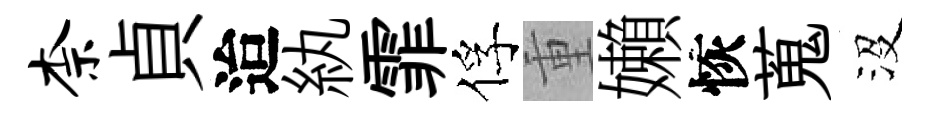
柰貞迨紈霏俘重嬾恢蒐沒